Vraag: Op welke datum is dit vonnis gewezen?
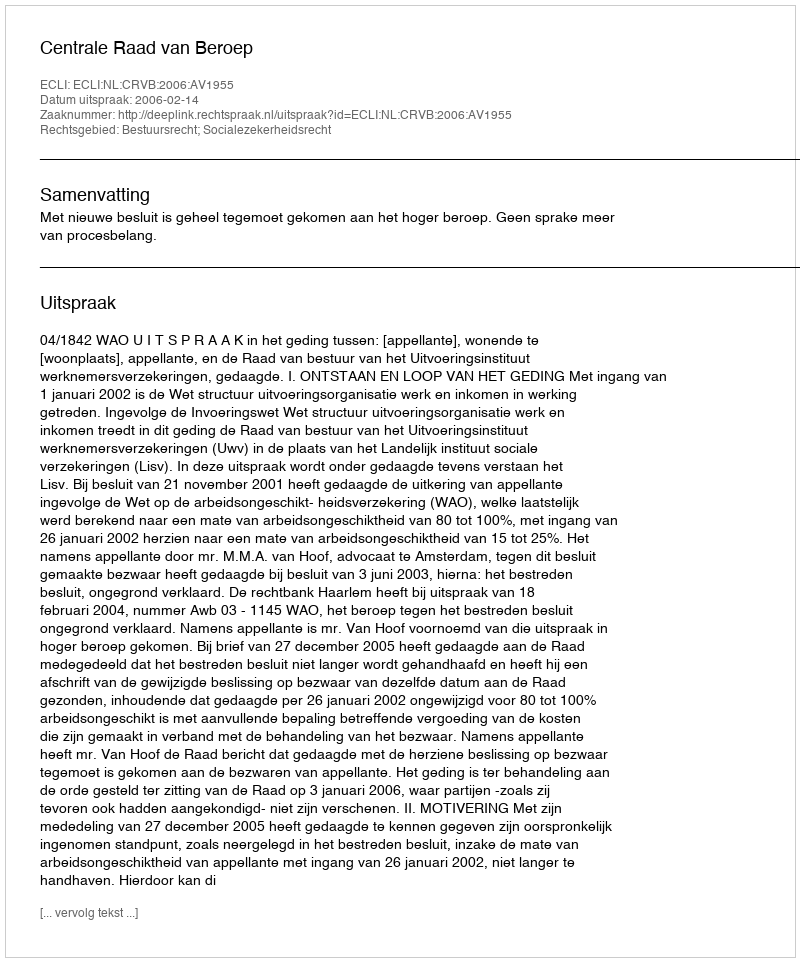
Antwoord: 2006-02-14